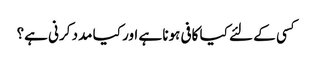
کسی کے لئے کیا کافی ہونا ہے اور کیا مدد کرنی ہے؟